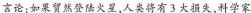
言论：如果贸然登陆火星，人类将有3大损失，科学家